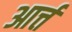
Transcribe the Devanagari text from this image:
आर्त्त